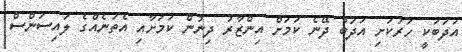
އަދަބަކީ ހަރުކަށި އަދަބު ދޭނެ ކަމަށް އިންޒާރު ދިނުން ކަމަށާއި އެތަނެއްގެ ލައިސަންސް